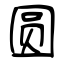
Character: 圆